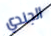
الجندي